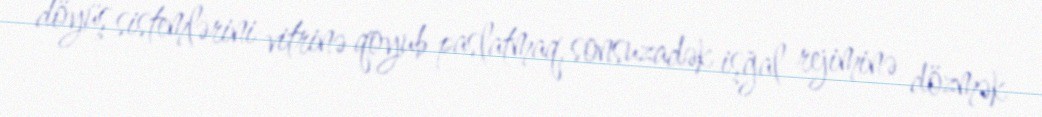
döyüş sistemlərini vitrinə qoyub paslatmaq, sonsuzadək işğal rejiminə dözmək